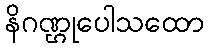
နိဂဏ္ဌုပေါသထော